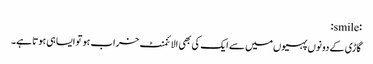
:smile:
گاڑی کے دونوں پہیوں‌میں سے ایک کی بھی الائنمنٹ خراب ہو تو ایسا ہی ہوتا ہے۔